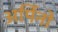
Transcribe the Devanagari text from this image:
अर्पिनो